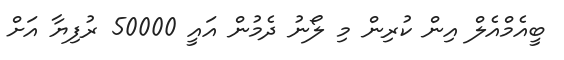
ބީއެމްއެލް އިން ކުރިން މި ލޯނު ދެމުން އައީ 50000 ރުފިޔާ އަށް